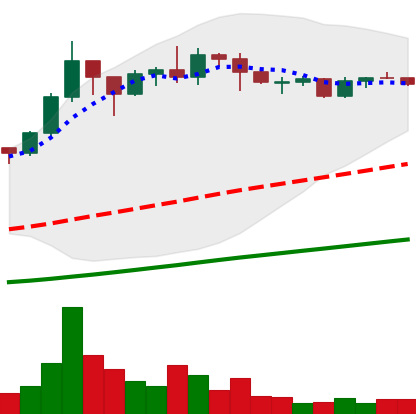
Ticker: ADA-USD
Chart end date: 2020-07-24
Forward return: 14.76%
Label: up_7plus